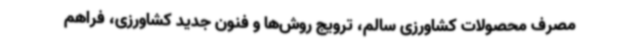
مصرف محصولات کشاورزی سالم، ترویج روش‌ها و فنون جدید کشاورزی، فراهم